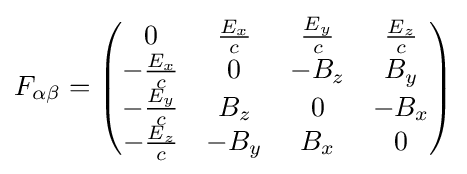
F_{\alpha \beta }={\begin{pmatrix}0&{\frac {E_{x}}{c}}&{\frac {E_{y}}{c}}&{\frac {E_{z}}{c}}\\-{\frac {E_{x}}{c}}&0&-B_{z}&B_{y}\\-{\frac {E_{y}}{c}}&B_{z}&0&-B_{x}\\-{\frac {E_{z}}{c}}&-B_{y}&B_{x}&0\end{pmatrix}}